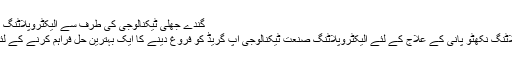
گندے جھلی ٹیکنالوجی کی طرف سے الیکٹروپلاٹنگ کا عام عمل درج ذيل ہے:
جھلی ٹیکنالوجی الیکٹروپلاٹنگ نکھٹو پانی کے علاج کے لئے الیکٹروپلاٹنگ صنعت ٹیکنالوجی اپ گریڈ کو فروغ دینے کا ایک بہترین حل فراہم کرنے کے لئے استعمال کرتے ہوئے ۔